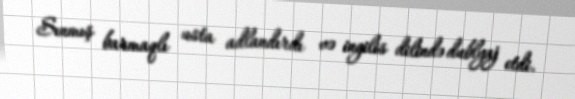
Sınmış barmaqlı usta adlandırdı və ingilis dilində dublyaj etdi.